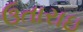
ઉતારાઇ